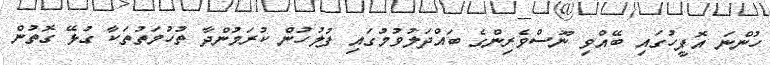
ހުންނަ އޮފީހުގައި ބޭއްވި ނޫސްވެރިންގެ ބައްދަލުވުމުގައި ފުލުހުން ކުރަމުންދާ ތުހުމަތުތަކާ ގުޅޭ ގޮތުން